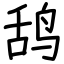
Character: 鸹